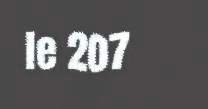
le 207